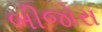
બીજોરા